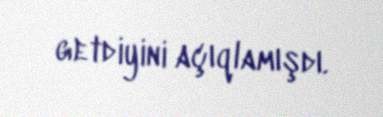
getdiyini açıqlamışdı.